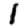
Digit: 1